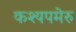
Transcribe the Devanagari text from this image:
कश्यपमेरु